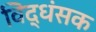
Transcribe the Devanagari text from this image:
विद्धंसक